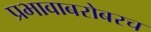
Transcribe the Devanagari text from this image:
प्रभावाबरोबरच